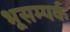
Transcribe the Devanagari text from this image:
भूसम्पर्क